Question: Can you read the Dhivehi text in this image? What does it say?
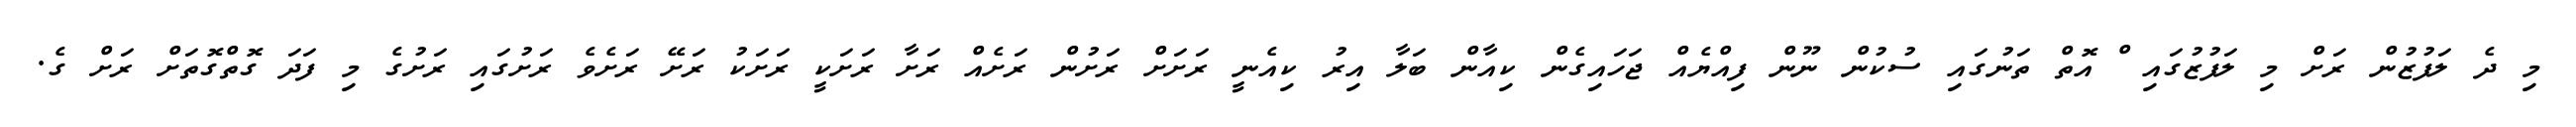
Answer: މި ދެ ލަފުޒުން ރަށް މި ލަފުޒުގައި ް އޮތް ތަނުގައި ސުކުން ނޫން ފިއްޔެއް ޖަހައިގެން ކިއާން ބަލާ އިރު ކިއެނީ ރަށަށް ރަށުން ރަށެއް ރަށާ ރަށަކީ ރަށަކު ރަށޭ ރަށެވެ ރަށުގައި ރަށުގެ މި ފަދަ ގޮތްގޮތަށް ރަށް ގެ.